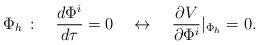
LaTeX: \begin{align*}\Phi_h \, : \quad \frac{d\Phi^i}{ d \tau}=0 \quad\leftrightarrow \quad \frac{\partial V}{\partial \Phi^i}|_{\Phi_h}=0 . \end{align*}